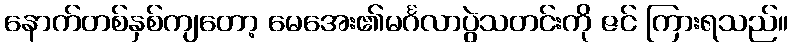
နောက်တစ်နှစ်ကျတော့ မေအေး၏မင်္ဂလာပွဲသတင်းကို ဇင် ကြားရသည်။